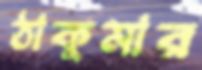
ঠাকুমার